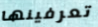
تعرفينها